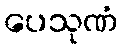
ပေသုဏံ